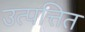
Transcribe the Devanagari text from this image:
उत्पत्तित